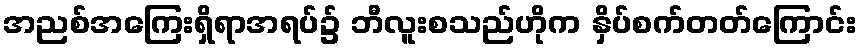
အညစ်အကြေးရှိရာအရပ်၌ ဘီလူးစသည်ဟိုက နှိပ်စက်တတ်ကြောင်း